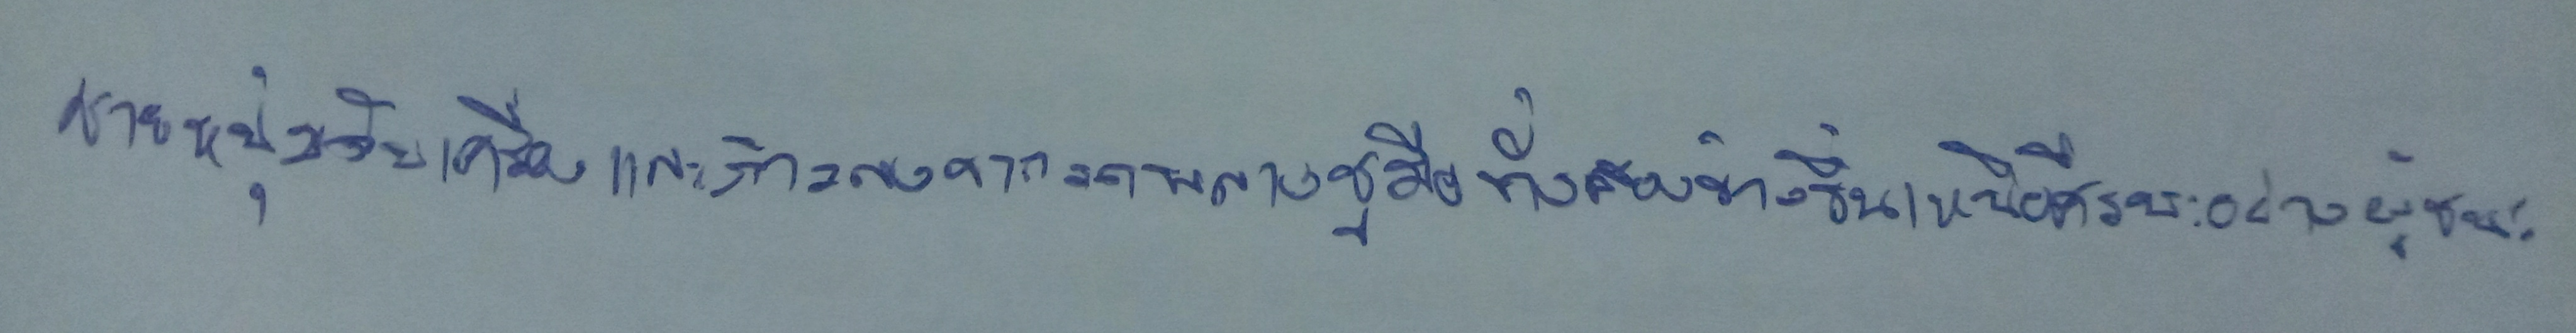
ชายหนุ่มดับเครื่องและก้าวลงจากรถพลางชูมือทั้งสองข้างขึ้นเหนือศีรษะอย่างผู้ชนะ